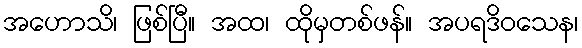
အဟောသိ၊ ဖြစ်ပြီ။ အထ၊ ထိုမှတစ်ဖန်။ အပရဒိဝသေန၊